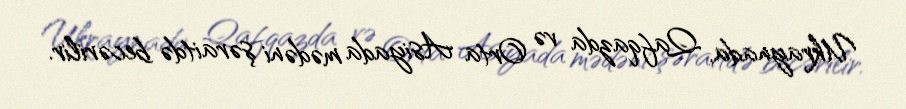
Ukraynada, Qafqazda və Orta Asiyada mədəni şəraitdə becərilir.